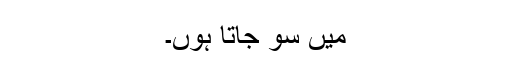
میں سو جاتا ہوں۔